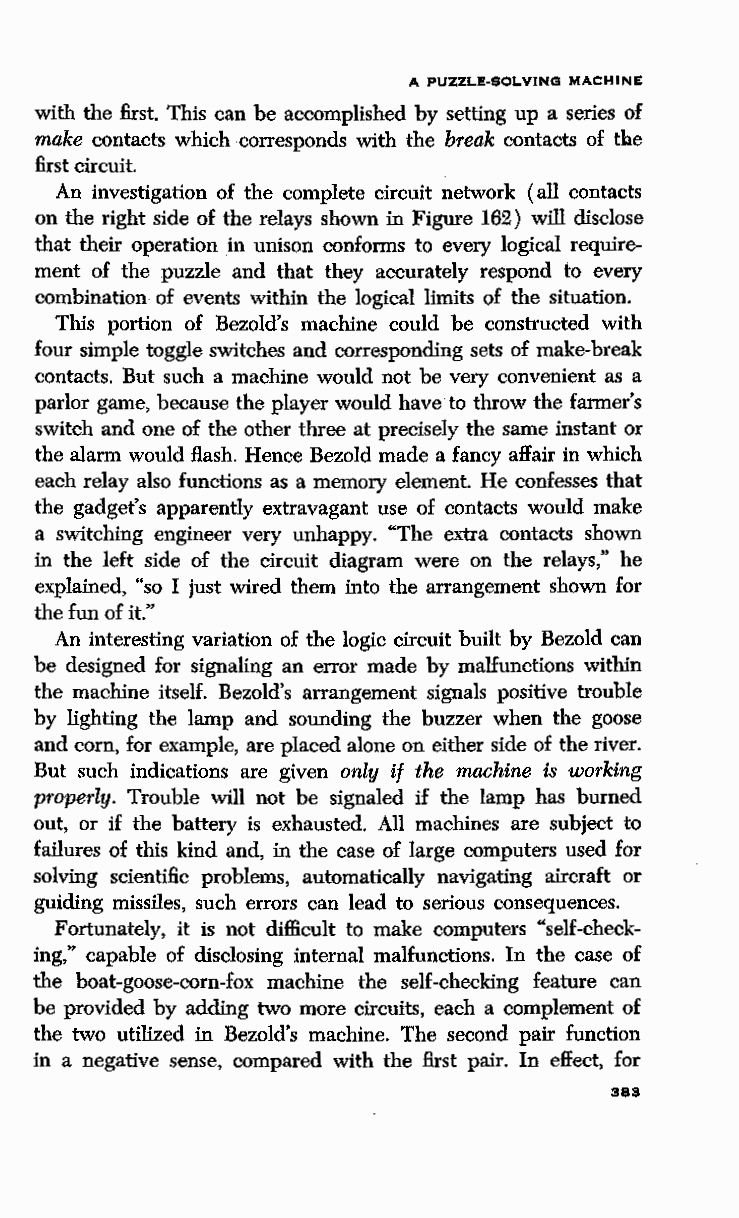
A PUZZLE-SOLVING MACHINE
 with the first. This can be accomplished by setting up a series of
 make contacts which corresponds with the break contacts of the
 first circuit.
 An investigation of the complete circuit network (all contacts
 on the right side of the relays shown in Figure 162) will disclose
 that their operation in unison conforms to every logical require
 ment of the puzzle and that they accurately respond to every
 combination of events within the logical limits of the situation.
 This portion of Bezold's machine could be constructed with
 four simple toggle switches and corresponding sets of make-break
 contacts. But such a machine would not be very convenient as a
 parlor game, because the player would have to throw the farmer's
 switch and one of the other three at precisely the same instant or
 the alarm would flash. Hence Bezold made a fancy affair in which
 each relay also functions as a memory element. He confesses that
 the gadget's apparently extravagant use of contacts would make
 a switching engineer very unhappy. "The extra contacts shown
 in the left side of the circuit diagram were on the relays," he
 explained, "so I just wired them into the arrangement shown for
 the fun of it."
 An interesting variation of the logic circuit built by Bezold can
 be designed for signaling an error made by malfunctions within
 the machine itself. Bezold's arrangement signals positive trouble
 by lighting the lamp and sounding the buzzer when the goose
 and com, for example, are placed alone on either side of the river.
 But such indications are given only if the machine is working
 properly. Trouble will not be signaled if the lamp has burned
 out, or if the battery is exhausted. All machines are subject to
 failures of this kind and, in the case of large computers used for
 solving scientific problems, automatically navigating aircraft or
 guiding missiles, such errors can lead to serious consequences.
 Fortunately, it is not difficult to make computers "self-check
 ing," capable of disclosing internal malfunctions. In the case of
 the boat-goose-com-fox machine the self-checking feature can
 be provided by adding two more circuits, each a complement of
 the two utilized in Bezold's machine. The second pair function
 in a negative sense, compared with the first pair. In effect, for
 383